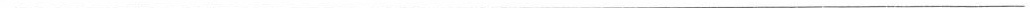
___